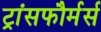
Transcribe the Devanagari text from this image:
ट्रांसफौर्मर्स